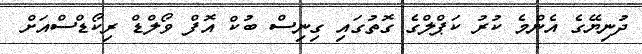
ދުނިޔޭގެ އެންމެ ކުރު ކަޕްލްގެ ގޮތުގައި ގިނިސް ބުކް އޮފް ވޯލްޑް ރިކޯޑްސްއަށް